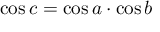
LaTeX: \cos c = \cos a \cdot \cos b